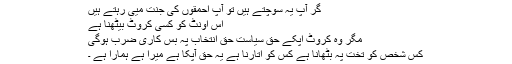
گر آپ یہ سوچتے ہیں تو آپ احمقوں کی جنت میی رہتے ہیں
اس اونٹ کو کسی کروٹ بیٹھنا ہے
مگر وہ کروٹ اپکے حق سیاست حق انتخاب پہ بس کاری ضرب ہوگی
کس شخص کو تخت پہ بٹھانا ہے کس کو اتارنا ہے یہ حق آپکا ہے میرا ہے ہمارا ہے ۔